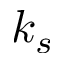
k _ { s }